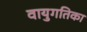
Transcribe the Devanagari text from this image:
वायुगतिका